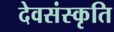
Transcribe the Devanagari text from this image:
देवसंस्कृति